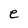
Character: e